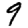
Digit: 9